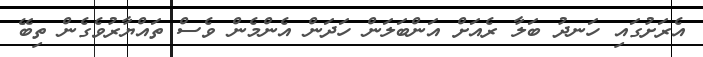
އެރަށުގައި ހަނދު ބަލާ ރެއަށް އަންބަލަން ހަދަން އެންމެން ވެސް ތައްޔާރުވެގެން ތިބޭ